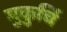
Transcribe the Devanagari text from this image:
मुकुर्चि